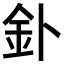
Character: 釙